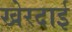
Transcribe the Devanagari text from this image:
खेरदाई